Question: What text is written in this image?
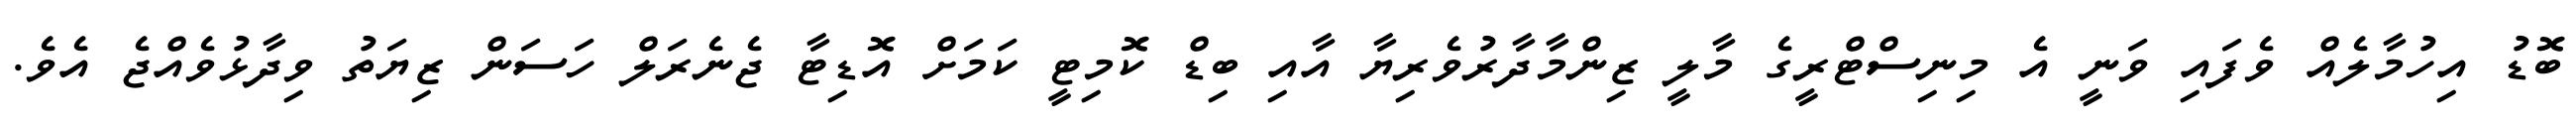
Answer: ބޮޑު އިހުމާލެއް ވެފައި ވަނީ އެ މިނިސްޓްރީގެ މާލީ ޒިންމާދާރުވެރިޔާ އާއި ބިޑް ކޮމިޓީ ކަމަށް އޮޑިޓާ ޖެނެރަލް ހަސަން ޒިޔަތު ވިދާޅުވެއްޖެ އެވެ.